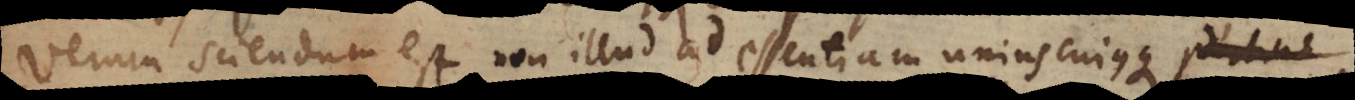
Verum sciendum est non illud ad essentiam uniuscujusque